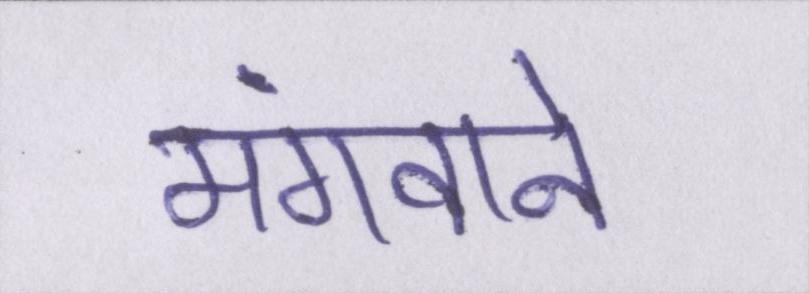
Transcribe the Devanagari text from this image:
मंगवाने